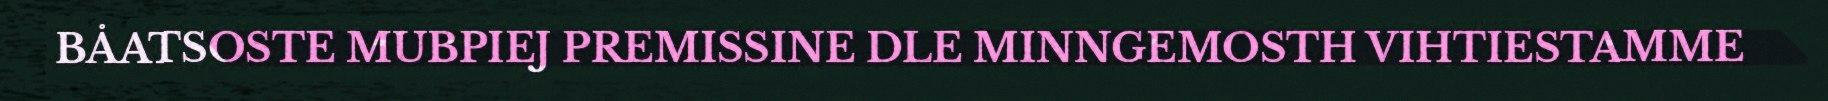
BÅATSOSTE MUBPIEJ PREMISSINE DLE MINNGEMOSTH VIHTIESTAMME